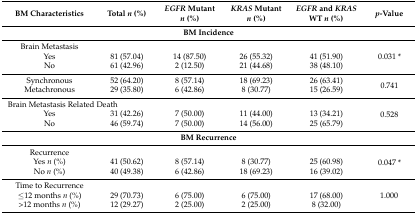
| BM Characteristics | Total n (%) | EGFR Mutant n (%) | KRAS Mutant n (%) | EGFR and KRAS WT n (%) | p-Value |
 | --- | --- | --- | --- | --- | --- |
 | <COLSPAN=6> BM Incidence |
 | Brain Metastasis |  |  |  |  | <ROWSPAN=3> 0.031 * |
 | Yes | 81 (57.04) | 14 (87.50) | 26 (55.32) | 41 (51.90) |
 | No | 61 (42.96) | 2 (12.50) | 21 (44.68) | 38 (48.10) |
 | Synchronous | 52 (64.20) | 8 (57.14) | 18 (69.23) | 26 (63.41) | <ROWSPAN=2> 0.741 |
 | Metachronous | 29 (35.80) | 6 (42.86) | 8 (30.77) | 15 (26.59) |
 | <COLSPAN=5> Brain Metastasis Related Death | <ROWSPAN=3> 0.528 |
 | Yes | 31 (42.26) | 7 (50.00) | 11 (44.00) | 13 (34.21) |
 | No | 46 (59.74) | 7 (50.00) | 14 (56.00) | 25 (65.79) |
 | <COLSPAN=6> BM Recurrence |
 | Recurrence |  |  |  |  | <ROWSPAN=3> 0.047 * |
 | Yes n (%) | 41 (50.62) | 8 (57.14) | 8 (30.77) | 25 (60.98) |
 | No n (%) | 40 (49.38) | 6 (42.86) | 18 (69.23) | 16 (39.02) |
 | Time to Recurrence |  |  |  |  | <ROWSPAN=3> 1.000 |
 | ≤12 months n (%) | 29 (70.73) | 6 (75.00) | 6 (75.00) | 17 (68.00) |
 | >12 months n (%) | 12 (29.27) | 2 (25.00) | 2 (25.00) | 8 (32.00) |